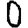
Digit: 0